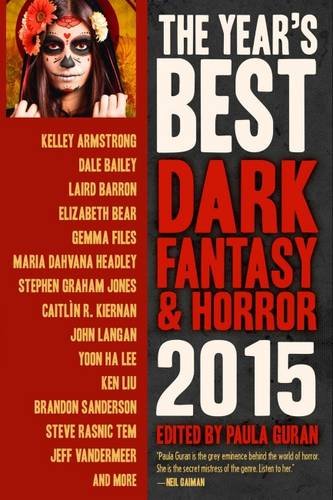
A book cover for The Year's Best Dark Fantasy & Horror 2015 Edition; Paula Guran; Science Fiction & Fantasy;